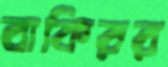
বাকিরর